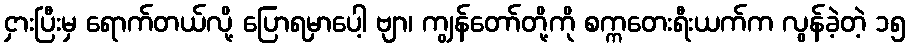
ငှားပြီးမှ ရောက်တယ်လို့ ပြောရမှာပေါ့ ဗျာ၊ ကျွန်တော်တို့ကို စက္ကတေးရီးယက်က လွန်ခဲ့တဲ့ ၁၅